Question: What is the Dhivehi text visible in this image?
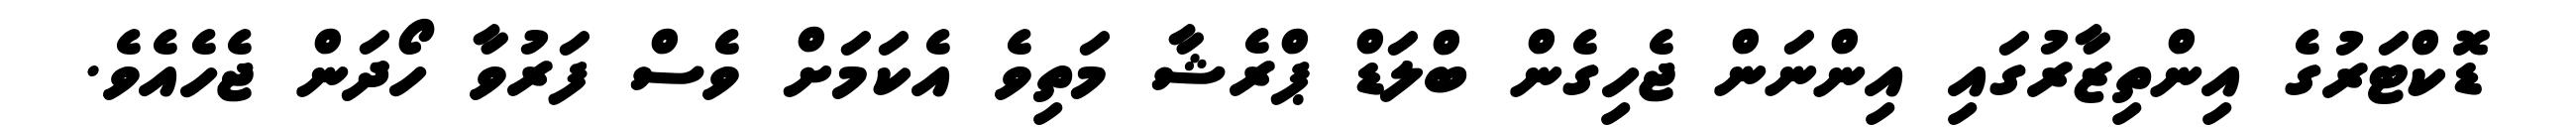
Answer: ޑޮކްޓަރުގެ އިންތިޒާރުގައި އިންނަން ޖެހިގެން ބްލަޑް ޕްރެޝާ މަތިވެ އެކަމަށް ވެސް ފަރުވާ ހޯދަން ޖެހެއެވެ.